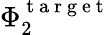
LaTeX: \Phi_{2}^{\mathrm{~t~a~r~g~e~t~}}